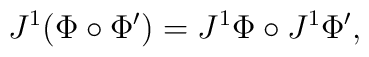
J^1(\Phi\circ\Phi')=J^1\Phi\circ J^1\Phi',